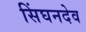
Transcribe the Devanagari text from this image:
सिंघनदेव